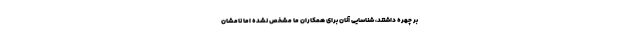
بر چهره داشتند، شناسایی آنان برای همکاران ما مشخص نشده اما نامشان